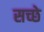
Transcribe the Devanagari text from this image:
सच्छे